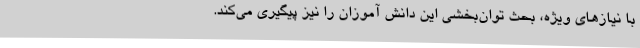
با نیازهای ویژه، بحث توان‌بخشی این دانش آموزان را نیز پیگیری می‌کند.